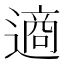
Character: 𮷧